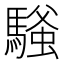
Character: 𫘔